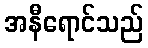
အနီရောင်သည်